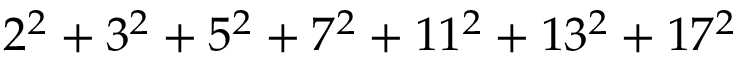
2 ^ { 2 } + 3 ^ { 2 } + 5 ^ { 2 } + 7 ^ { 2 } + 1 1 ^ { 2 } + 1 3 ^ { 2 } + 1 7 ^ { 2 }